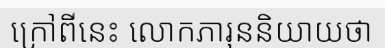
ក្រៅពីនេះ លោកភារុននិយាយថា